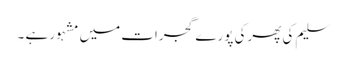
سلیم کی پھرکی پورے گجرات میں مشہور ہے ۔